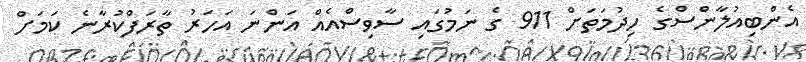
އެންބިއުލާންސްގެ ހިދުމަތަށް 911 ގެ ނަމުގައި ސާވިސްއެއް އަންނަ އަހަރު ތާރަފްކުރާނެ ކަމަށް